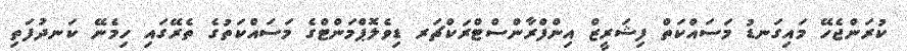
ކުރަންޖެހޭ މައިގަނޑު މަސައްކަތް ފިޝަރީޒް އިންފްރާންސްޓްރަކްޗަރ ޑިވެލޮޕްމަންޓްގެ މަސައްކަތުގެ ތެރޭގައި ހިމެނޭ ކަނދުފަތި